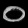
Digit: ၀